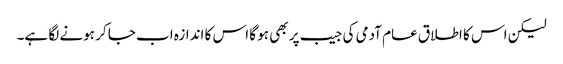
لیکن اس کا اطلاق عام آدمی کی جیب پر بھی ہو گا اس کا اندازہ اب جا کر ہونے لگا ہے۔